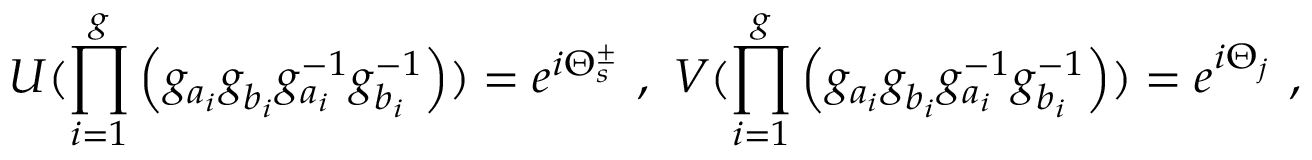
U ( \prod _ { i = 1 } ^ { g } \left( g _ { a _ { i } } ^ { ~ } g _ { b _ { i } } ^ { ~ } g _ { a _ { i } } ^ { - 1 } g _ { b _ { i } } ^ { - 1 } \right) ) = e ^ { i \Theta _ { s } ^ { \pm } } ~ , ~ V ( \prod _ { i = 1 } ^ { g } \left( g _ { a _ { i } } ^ { ~ } g _ { b _ { i } } ^ { ~ } g _ { a _ { i } } ^ { - 1 } g _ { b _ { i } } ^ { - 1 } \right) ) = e ^ { i \Theta _ { j } } ~ ,